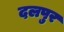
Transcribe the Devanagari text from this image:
दलपुर